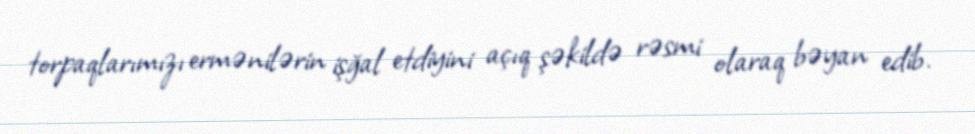
torpaqlarımızı ermənilərin işğal etdiyini açıq şəkildə rəsmi olaraq bəyan edib.